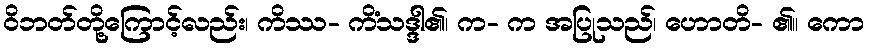
ဝိဘတ်တို့ကြောင့်လည်း၊ ကိဿ- ကိံသဒ္ဒါ၏၊ က- က အပြုသည်၊ ဟောတိ- ၏။ ကော